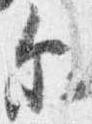
示